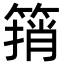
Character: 䈰